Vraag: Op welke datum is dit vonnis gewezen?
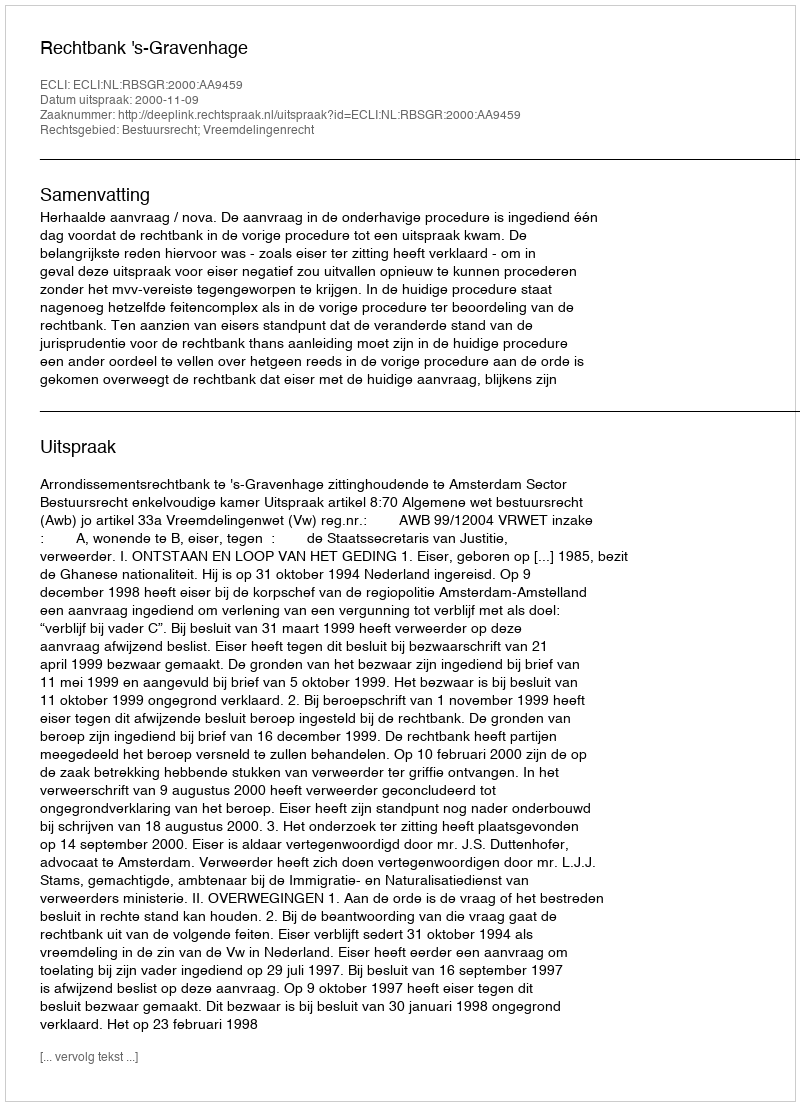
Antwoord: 2000-11-09